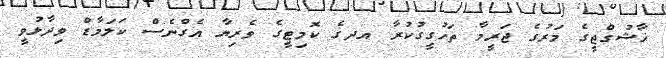
ޚާޝުގްޖީގެ މަރުގެ ޖަރީމާ ތަހުގީގުކުރާ އދގެ ކޮމިޓީގެ ވެރިޔާ އެގްނެސް ކަލަމާޑް ވިދާޅުވީ